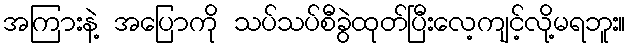
အကြားနဲ့ အပြောကို သပ်သပ်စီခွဲထုတ်ပြီးလေ့ကျင့်လို့မရဘူး။